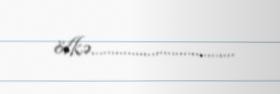
ölkə....................................